Report on vaccination in Madras 1904-1921 - 1904-1921
Year: 1904
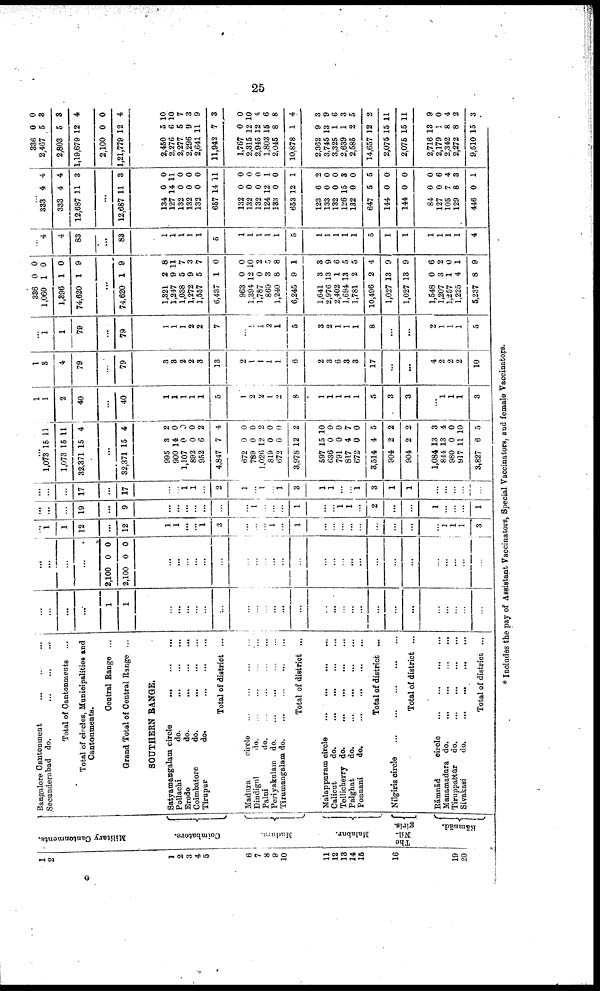
25
1
2
1
2
3
4
5
6
7
8
9
10
11
12
13
14
15
16
19
20
Military Cantonments.
Coimbatore.
Madura.
Malabar.
The
Nil¬
giris.
R āmnād.
Bangalore Cantonment
...
...
...
Secunderabad do.
...
...
...
Total of Cantonments ...
Total of circles, Municipalities and
Cantonments.
Central Range ...
Grand Total of Central Range ...
SOUTHERN RANGE.
Satyamangalam circle
...
...
...
Pollachi
do.
...
...
...
Erode
do.
...
...
...
Coimbatore
do. ... ... ...
Tirupur
do.
...
...
...
Total of district ...
Madura
circle ... ... ... ...
Dindigul
d
o
. ... ... ... ...
Palni
d
o
. ... ... ... ...
Periyakulam d
o
. ... ... ... ...
Tirumangalam d
o
. ... ... ... ...
Total of district ...
Malappuram circle
...
...
...
...
Calicut
do.
...
...
...
...
Tellicherry do.
...
...
...
...
Palghat
do.
...
...
...
...
Ponnani
do.
...
...
...
...
Total of district ...
Nilgiris circle
...
...
...
...
...
Total of district ...
Rāmnād
circle
...
...
...
...
Manamadura do.
...
...
...
...
Tiruppattūr
do.
...
...
...
...
Sivakasi
do.
...
...
...
...
Total of district ...
...
...
...
...
1
1
...
...
...
...
...
...
...
...
...
...
...
...
...
...
...
...
...
...
...
...
...
...
...
...
...
...
...
...
...
2,100
2,100
0
0
0
0
...
...
...
...
...
...
...
...
...
...
...
...
...
...
...
...
...
...
...
...
...
...
...
...
...
...
1
1
12
...
12
1
1
...
...
1
3
...
...
...
1
...
1
...
...
...
...
...
...
...
...
...
1
1
1
3
...
...
...
19
...
9
...
...
...
...
...
...
...
1
...
...
...
1
...
...
1
1
...
2
...
...
1
...
...
...
1
...
...
...
17
...
17
...
...
1
1
...
2
1
...
1
...
1
3
1
1
...
...
1
3
1
1
...
...
...
...
...
...
1,073
1,073
32,371
15
15
15
11
11
4
...
32,371 15 4
995
900
1,107
892
952
4,847
672
789
1,026
819
672
3,978
597
636
791
817
672
3,514
904
904
1,084
844
980
917
3,827
3
14
0
0
6
7
0
0
12
0
0
12
15
0
0
4
0
4
2
2
13
13
0
11
6
2
0
0
0
2
4
0
0
2
0
0
2
10
0
0
7
0
5
2
2
3
4
0
10
5
1
1
2
40
...
40
1
1
1
1
1
5
1
2
2
1
2
8
1
1
1
1
1
5
3
3
...
1
1
1
3
1
3
4
79
...
79
3
3
2
2
3
13
2
1
1
1
1
6
2
3
6
3
3
17
...
...
4
2
2
2
10
...
1
1
79
...
79
1
1
1
2
2
7
...
1
1 2
1
5
3
2
1
1
1
8
...
...
2
1
1
1
5
336
1,060
1,396
74,620
0
1
1
1
0
0
0
9
...
74,620 1 9
1,321
1,247
1,038
1,272
1,557
6,437
963
1,394
1,787
860
1,240
6,245
1,641
2,976
2,402
1,694
1,781
10,496
1,027
1,027
1,548
1,207
1,257
1,225
5,237
2
9
5
9
5
1
0
12
0
3
8
9
3
13
1
13
2
2
13
13
0
3
1
4
8
8
11
7
3
7
0
0
10
2
5
8
1
3
9
6
5
5
4
9
9
6
2
0
1
9
...
4
4
83
...
83
1
1
1
1
1
5
1
1
1
1
1
5
1
1
1
1
1
5
1
1
1
1
1
1
4
...
333
333
12,687
4
4
11
4
4
3
...
12,687 11 3
134
127
132
132
132
657
132
132
132
124
133
653
123
133
132
126
132
647
144
144
84
127
105
129
446
0
14
0
0
0
14
0
0
0
12
0
12
6
0
0
15
0
5
0
0
0
0
7
8
0
0
11
0
0
0
11
0
0
0
1
0
1
2
0
0
3
0
5
0
0
0
6
4
8
1
336
2,467
2,803
1,19,679
2,100
1,21,779
0
5
5
12
0
12
0
3
3
4
0
4
2,450
2,276
2,277
2,296
2,641
11,942
1,767
2,315
2,945
1,803
2,045
10,878
2,362
3,745
3,325
2,639
2,585
14,657
2,075
2,075
2,716
2,179
2,342
2,272
9,510
5
6
5
9
11
7
0
12
12
15
8
1
9
13
1
1
2
12
15
15
13
1
8
8
15
10
10
7
3
9
3
0
10
4
6
8
4
3
9
6
3
5
2
11
11
9
0
4
2
3
* Includes the pay of Assistant Vaccinators, Special Vaccinators, and female Vaccinators.
G